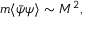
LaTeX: m \langle \bar { \psi } \psi \rangle \sim M ^ { 2 } ,